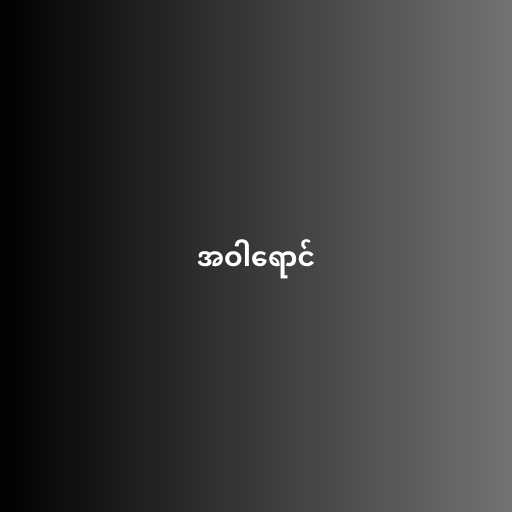
အဝါရောင်